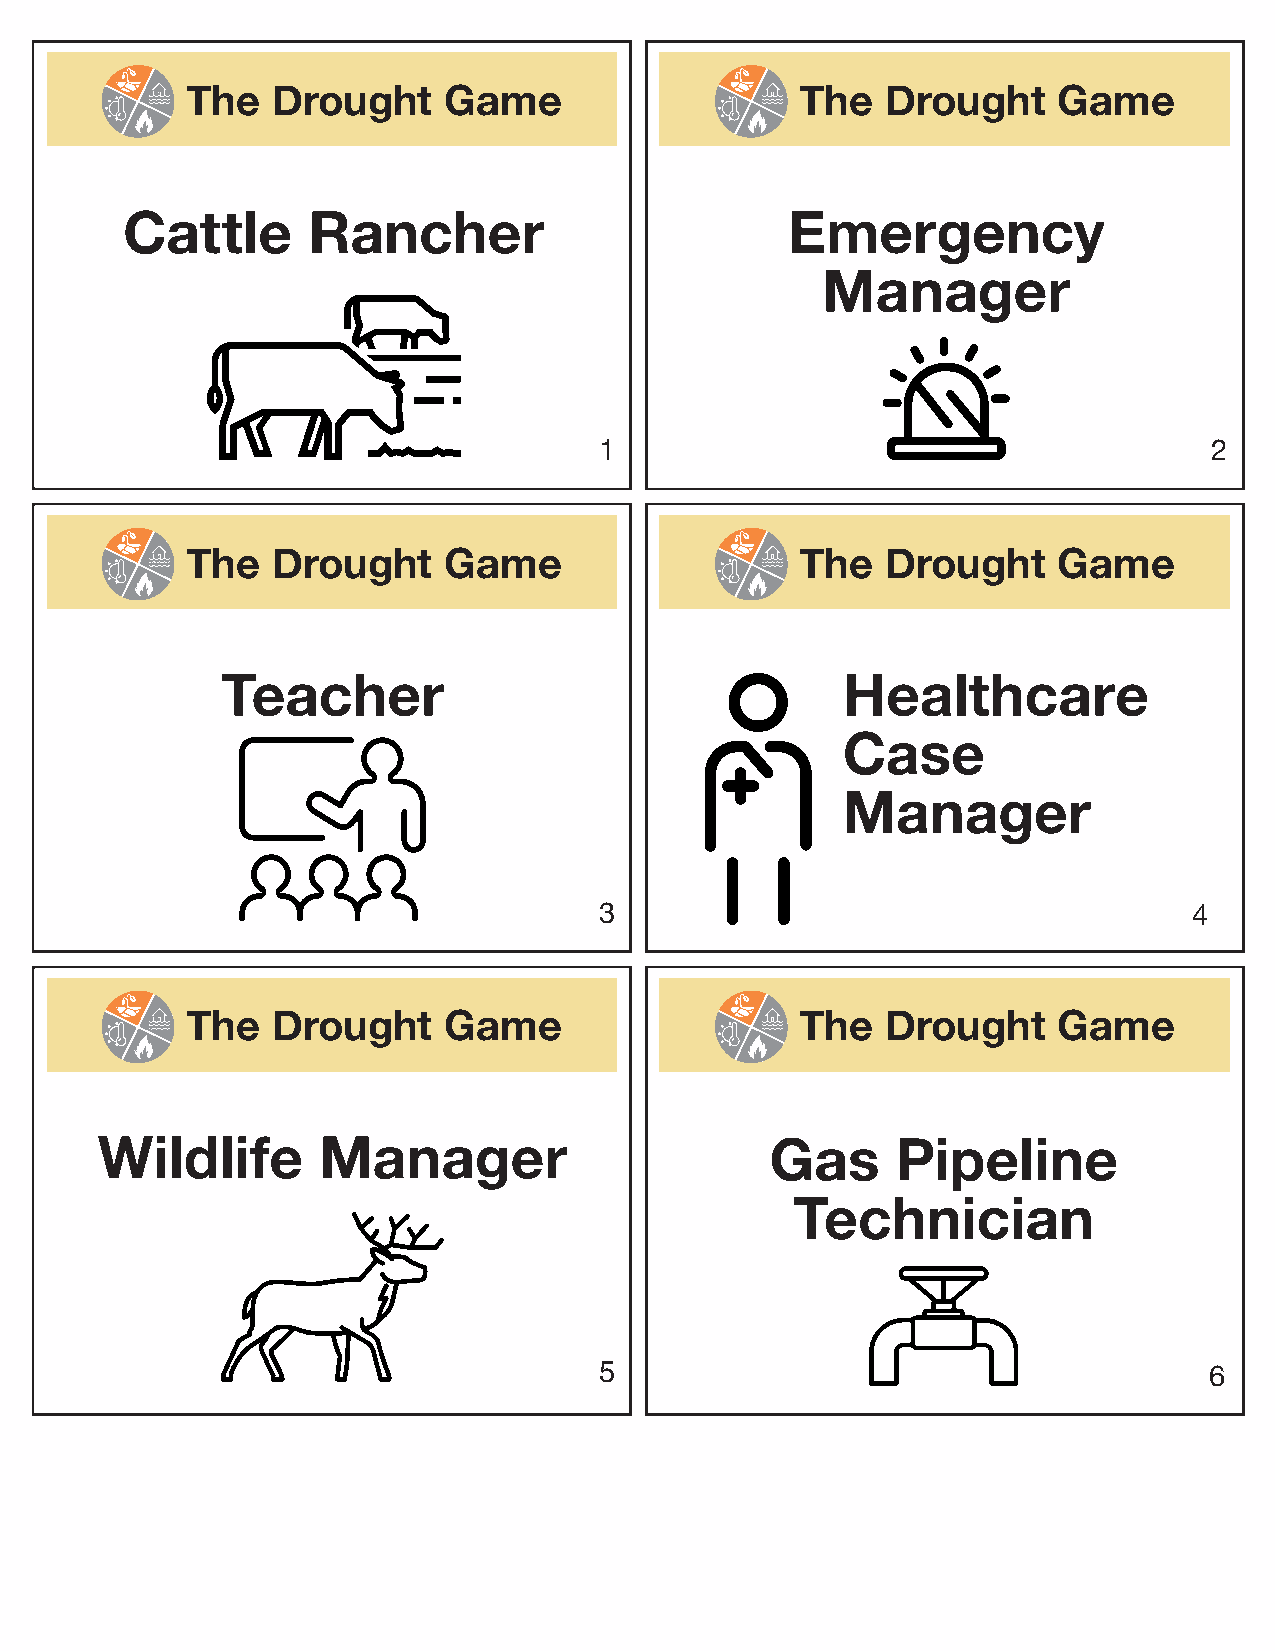
The   Drought    Game                    The   Drought    Game
 Cattle      Rancher                         Emergency
 Manager
 1                                       2
 The   Drought    Game                    The   Drought    Game
 Teacher                                  Healthcare
 Case
 Manager
 3                                      4
 The   Drought    Game                    The   Drought    Game
 Wildlife       Manager                       Gas     Pipeline
 Technician
 5                                       6